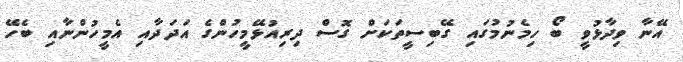
އޭނާ ވިދާޅުވީ ބޯ ހިމެނުމުގައި ގޭބިސީތަކަށް ގޮސް ދިރިއުޅޭމީހުންގެ އަދަދާއި އެމީހުންނާއި ބެހޭ